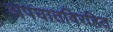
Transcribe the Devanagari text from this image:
अपघातविरहित